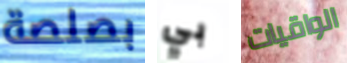
بصلصة بي الواقيات